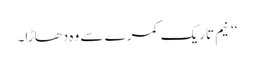
‘‘ نیم تاریک کمرے سے وہ دھاڑا۔